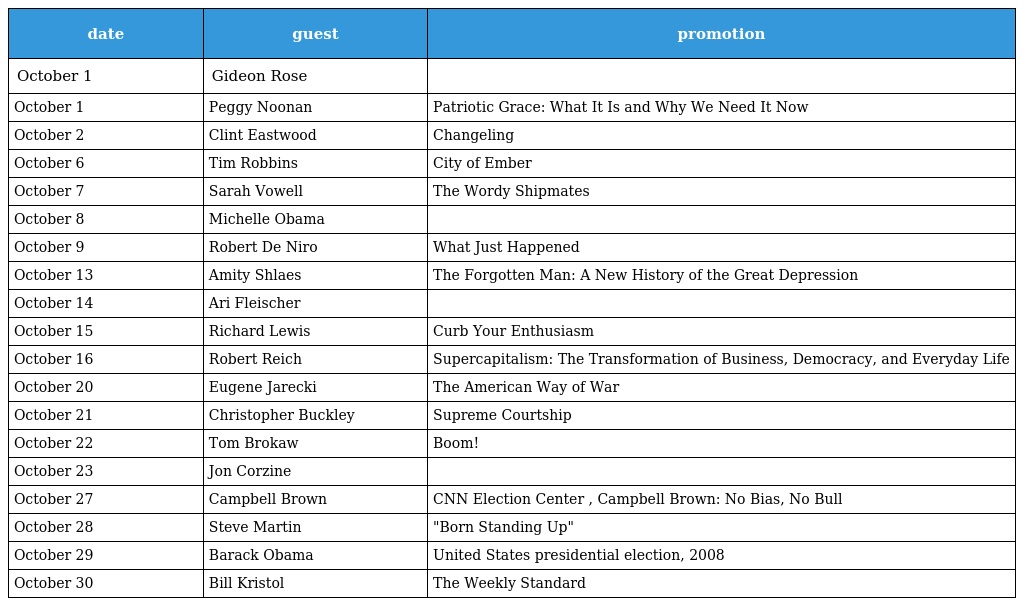
| date | guest | promotion |
 | --- | --- | --- |
 | October 1 | Gideon Rose |  |
 | October 1 | Peggy Noonan | Patriotic Grace: What It Is and Why We Need It Now |
 | October 2 | Clint Eastwood | Changeling |
 | October 6 | Tim Robbins | City of Ember |
 | October 7 | Sarah Vowell | The Wordy Shipmates |
 | October 8 | Michelle Obama |  |
 | October 9 | Robert De Niro | What Just Happened |
 | October 13 | Amity Shlaes | The Forgotten Man: A New History of the Great Depression |
 | October 14 | Ari Fleischer |  |
 | October 15 | Richard Lewis | Curb Your Enthusiasm |
 | October 16 | Robert Reich | Supercapitalism: The Transformation of Business, Democracy, and Everyday Life |
 | October 20 | Eugene Jarecki | The American Way of War |
 | October 21 | Christopher Buckley | Supreme Courtship |
 | October 22 | Tom Brokaw | Boom! |
 | October 23 | Jon Corzine |  |
 | October 27 | Campbell Brown | CNN Election Center , Campbell Brown: No Bias, No Bull |
 | October 28 | Steve Martin | "Born Standing Up" |
 | October 29 | Barack Obama | United States presidential election, 2008 |
 | October 30 | Bill Kristol | The Weekly Standard |